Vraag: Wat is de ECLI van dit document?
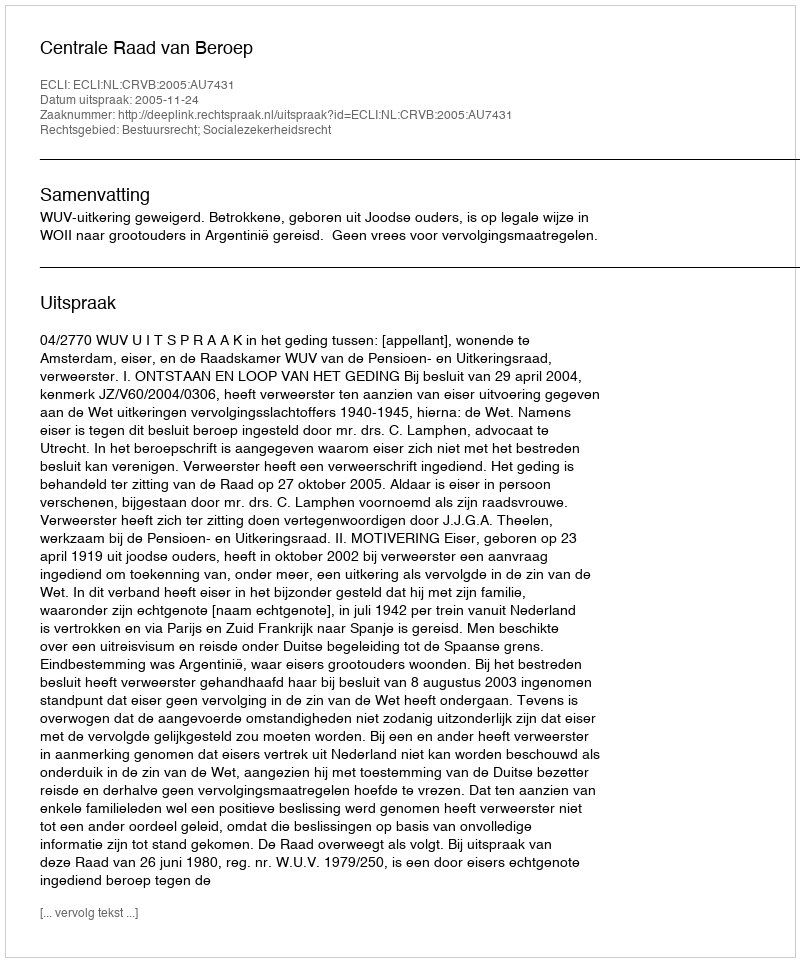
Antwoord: ECLI:NL:CRVB:2005:AU7431